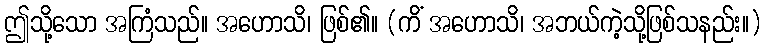
ဤသို့သော အကြံသည်။ အဟောသိ၊ ဖြစ်၏။ (ကိံ အဟောသိ၊ အဘယ်ကဲ့သို့ဖြစ်သနည်း။)